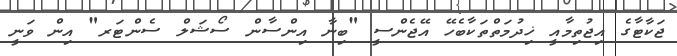
ޖަކާޓާގެ އިޖުތިމާއީ ޚިދުމަތްތަކާބެހޭ އޭޖެންސީ "ބިނާ އިންސާން ސޯޝަލް ސެންޓަރ" އިން ވަނީ